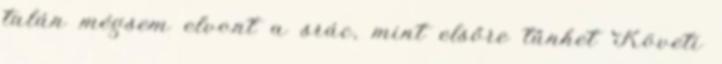
talán mégsem elvont a srác, mint elsőre tűnhet Követi